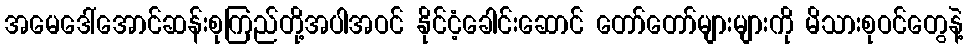
အမေဒေါ်အောင်ဆန်းစုကြည်တို့အပါအဝင် နိုင်ငံ့ခေါင်းဆောင် တော်တော်များများကို မိသားစုဝင်တွေနဲ့